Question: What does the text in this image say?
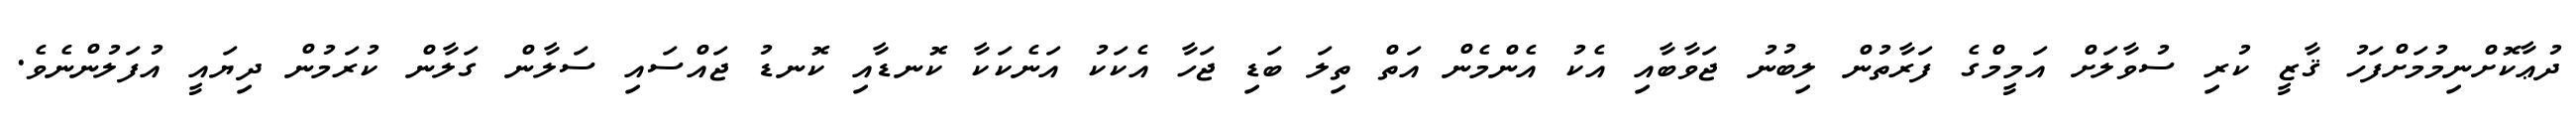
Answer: ދުޢާކޮށްނިމުމަށްފަހު ޤާޒީ ކުރި ސުވާލަށް އަމީމްގެ ފަރާތުން ލިބުނު ޖަވާބާއި އެކު އެންމެން އަތް ތިލަ ބަޑި ޖަހާ އެކަކު އަނެކަކާ ކޮނޑާއި ކޮނޑު ޖައްސައި ސަލާން ގަލާން ކުރަމުން ދިޔައީ އުފަލުންނެވެ.